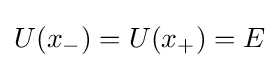
U(x_{-})=U(x_{+})=E